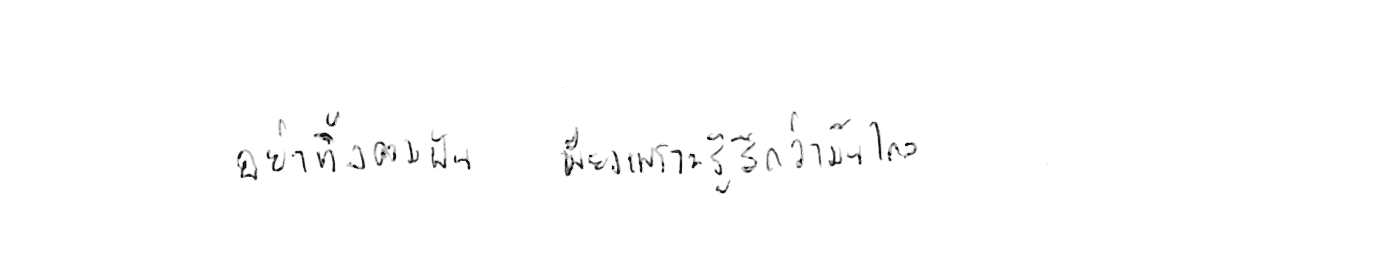
อย่าทิ้งความฝัน เพียงเพราะรู้สึกว่ามันไกล